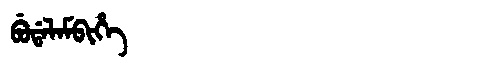
Manchu: ᠪᡠᡩᠠᠯᠠᠮᠪᡳᡥᡝ
Romanization: BUDALAMBIHE